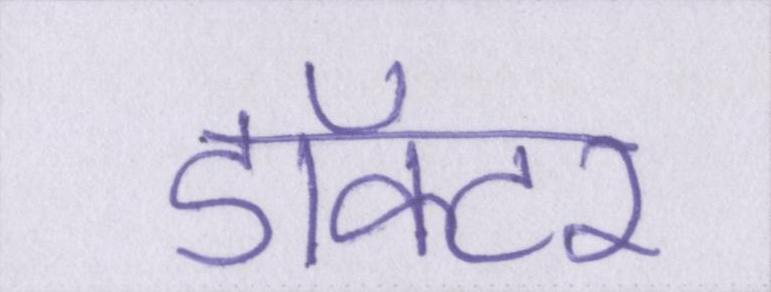
डॉक्टर